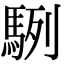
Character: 䮋